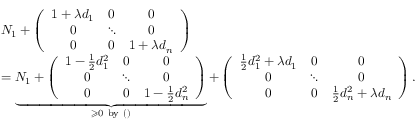
\begin{array} { r l } & { N _ { 1 } + \left( \begin{array} { c c c } { 1 + \lambda d _ { 1 } } & { 0 } & { 0 } \\ { 0 } & { \ddots } & { 0 } \\ { 0 } & { 0 } & { 1 + \lambda d _ { n } } \end{array} \right) } \\ & { = \underbrace { N _ { 1 } + \left( \begin{array} { c c c } { 1 - \frac { 1 } { 2 } d _ { 1 } ^ { 2 } } & { 0 } & { 0 } \\ { 0 } & { \ddots } & { 0 } \\ { 0 } & { 0 } & { 1 - \frac { 1 } { 2 } d _ { n } ^ { 2 } } \end{array} \right) } _ { \geqslant 0 \mathrm { ~ b y ~ } ( ) } + \left( \begin{array} { c c c } { \frac 1 2 d _ { 1 } ^ { 2 } + \lambda d _ { 1 } } & { 0 } & { 0 } \\ { 0 } & { \ddots } & { 0 } \\ { 0 } & { 0 } & { \frac 1 2 d _ { n } ^ { 2 } + \lambda d _ { n } } \end{array} \right) . } \end{array}